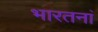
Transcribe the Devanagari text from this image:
भारतनां